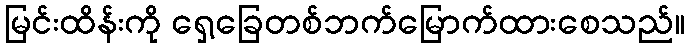
မြင်းထိန်းကို ရှေ့ခြေတစ်ဘက်မြောက်ထားစေသည်။